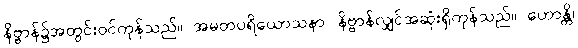
နိဗ္ဗာန်၌အတွင်းဝင်ကုန်သည်။ အမတပရိယောသနာ၊ နိဗ္ဗာန်လျှင်အဆုံးရှိကုန်သည်။ ဟောန္တိ၊